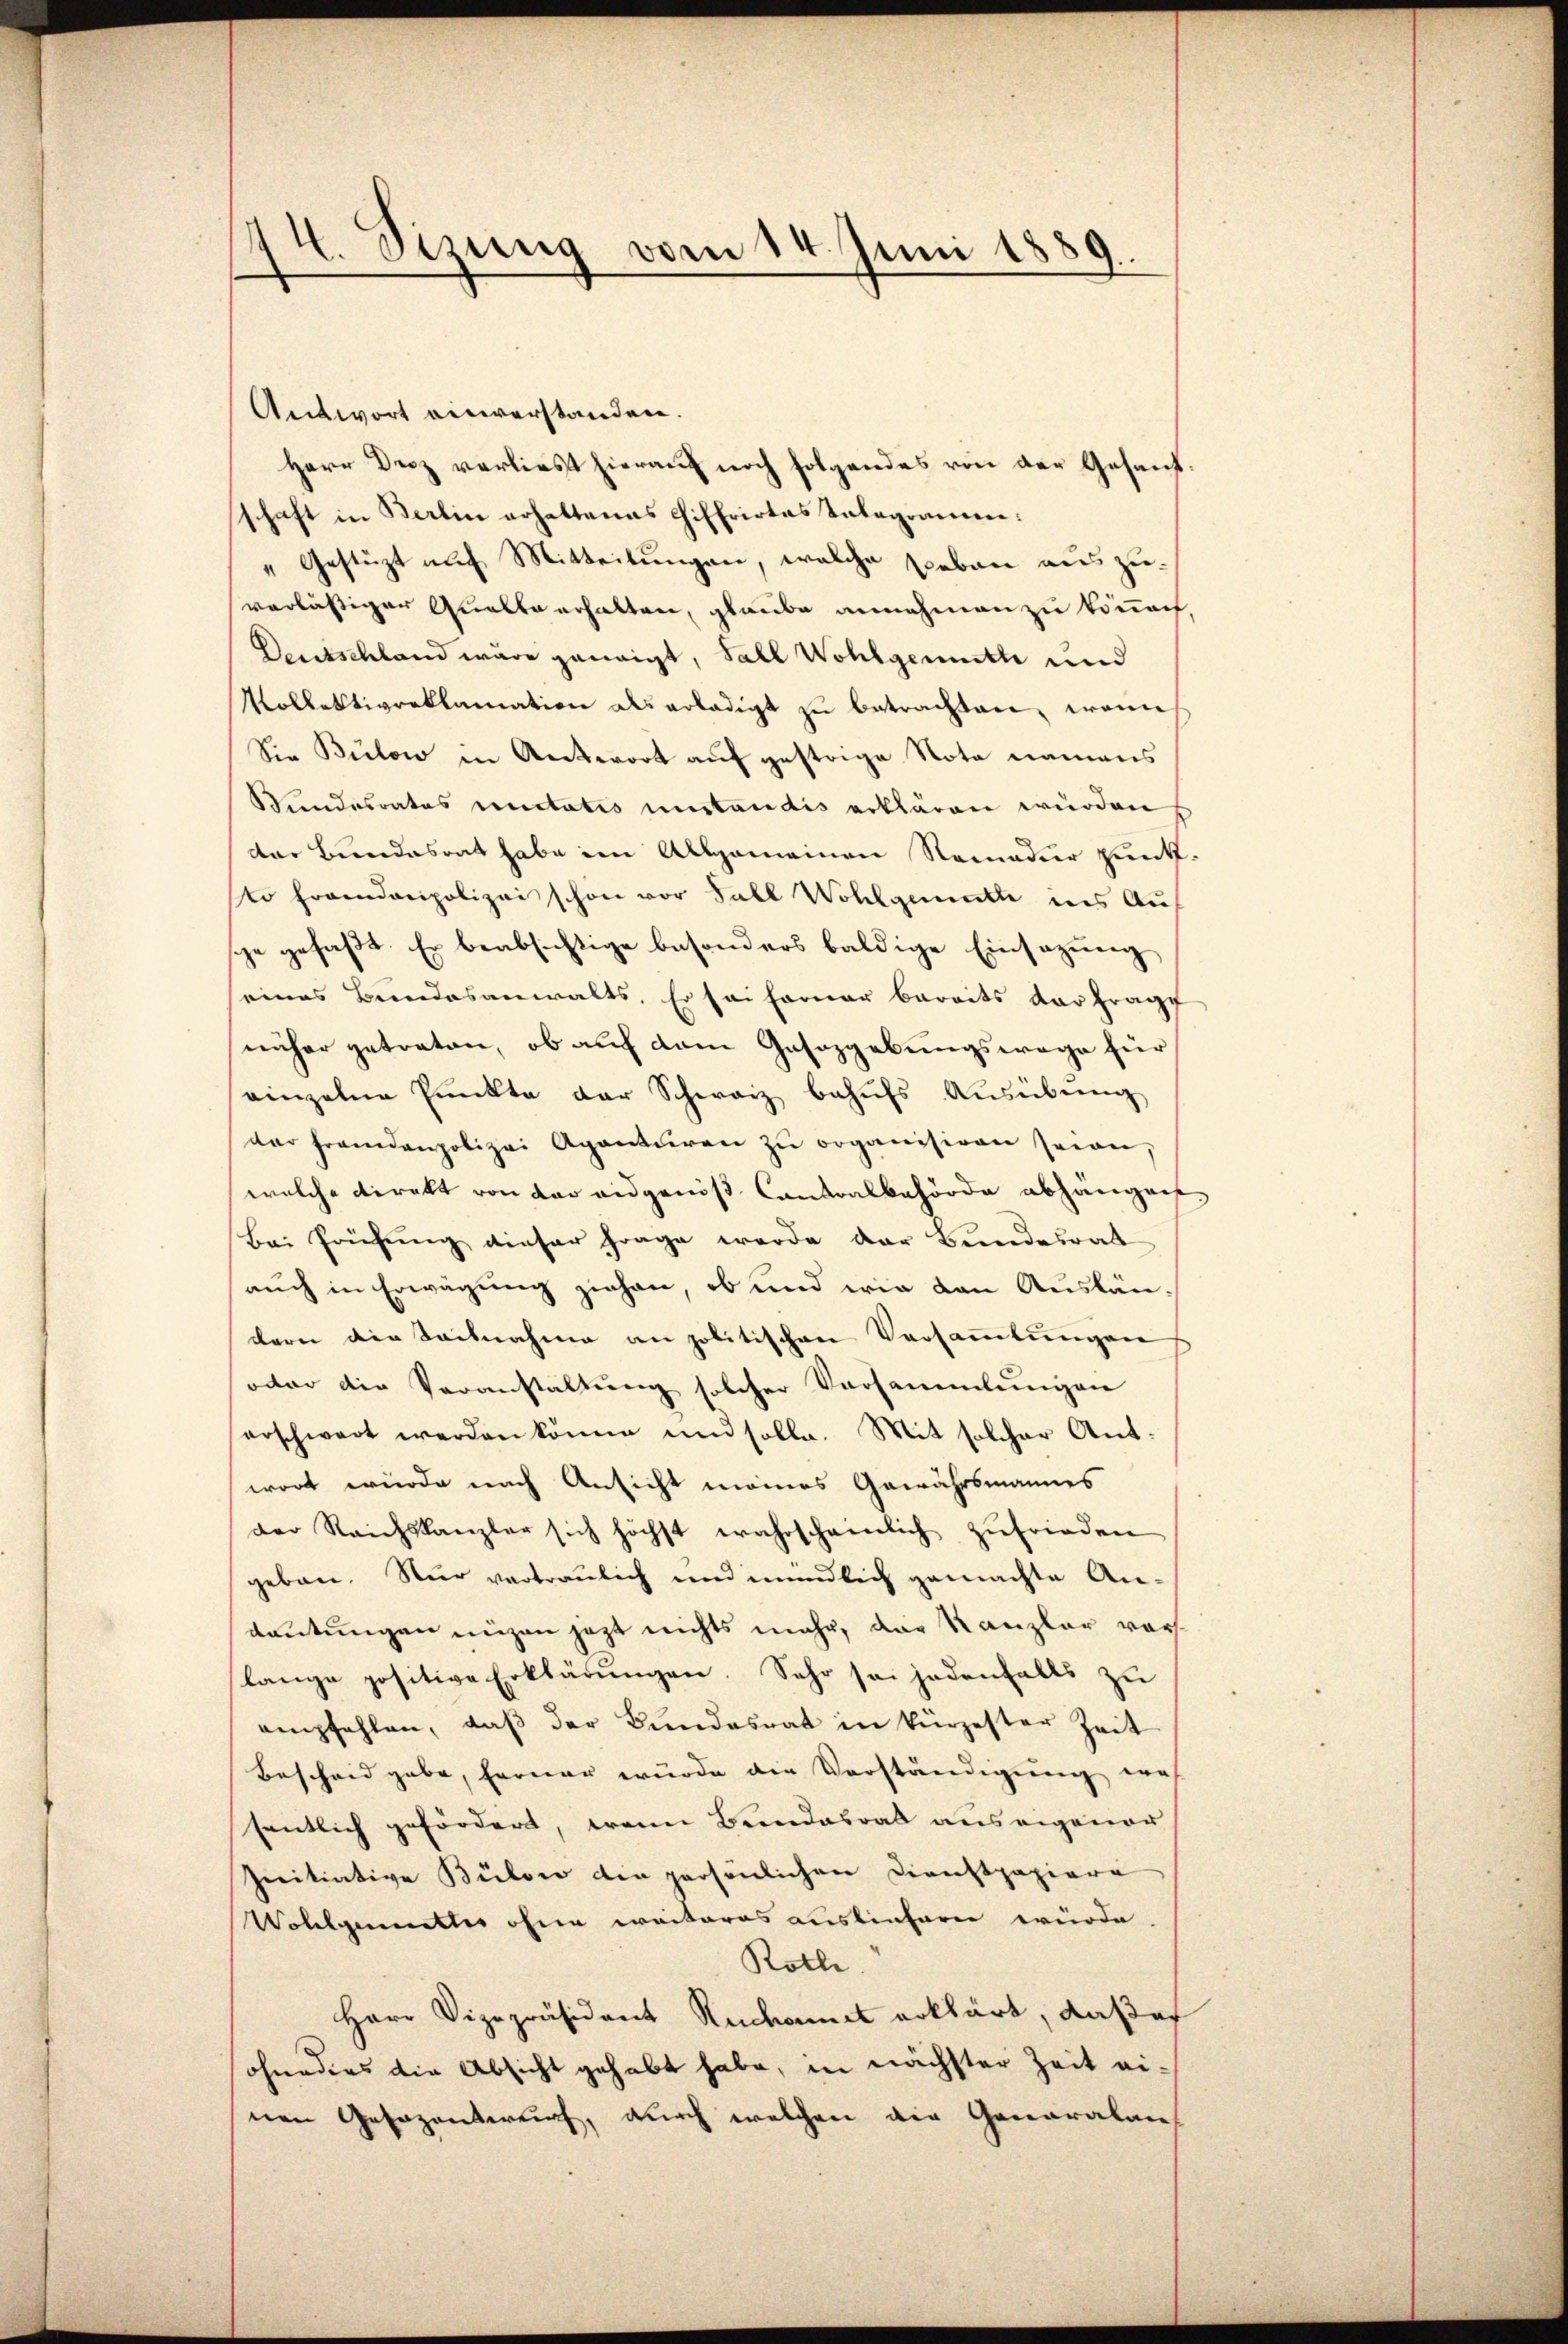
44. Sizung vom 14. Juni 1889.

Antwort einverstanden.
Herr Drez verliest hierauf noch folgendes von der Gesandschaft in Berlin erhaltenes Chiffrirtes Telegramen.
„Gestüzt auf Mitteilungen, welche sieben auszuverlästiger Qualte erhalten, glaube annehmen zu könnach,
Deutschland wäre geneigt, Fall Wohlgemuthe und
Wollektivreklamation als erlädigt zŭ betrachten, wenn
Sie Bülow in Antwort auf gestrige Nota namens
Wundesrates unitatis umständis erklären würden,
der Bundesrat habe im Allgemeinen Nomadier punkt.
to Fremdenpolizei schon vor Fall Wohlgemuth ins Auf
sche gefaßt. Er beabsichtige besonders baldige Einsazung
eines Bundesanwalts. Er sei ferner bereits der fragt
näher getreten, ob auf dem Gasozgebungswege für
einzelne Punkte der Schwarz behufs Ausübung
der fremdenpolizei Aganturen zŭ organisiren seien,
welche direkt von der eidgenöß Contralbehörde abhängen,
Bei Prüfung dieser Frage werde der Bundesrat
auch in Erwägung ziehen, ob und wie den Auslän-
dern die Seilnahme an politischen Versammlungen
octor die Veranstaltung solcher Vorsammlungen
herschwart werden könne und solle. Mit solcher Antwort würde nach Ansicht meines Gewährsmannes
der Reichskanzler sich höchst wahrscheinlich zufrieden
geben. Nur vertraulich und mündlich gemachte An-
deutungen eigen jezt nichts mehr, der Kanzler vorlange positive Erklärŭngen. Sehr sei jedenfalls zu
empfehlen, daβ der Bundesrat in kürzester Zeit
Bescheid gabe, ferner wurde die Verständigung we
sentlich gefördert, wenn Bundesrat aus eigenen
Initiative Bülow die persönlichen Dienstpapiere
Wollgemettes ohne weiteres ausliefern würde
Rothe
Herr Vizepräsident Ruchamt erklärt, daß es
ohneders die Absicht gehabt habe, in nächster Zeit ei-
nen Gesezentwurf, durch welchen die Generalares